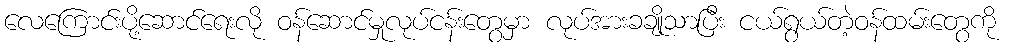
လေကြောင်းပို့ဆောင်ရေးလို ဝန်ဆောင်မှုလုပ်ငန်းတွေမှာ လုပ်အားခချိုသာပြီး ငယ်ရွယ်တဲ့ဝန်ထမ်းတွေကို